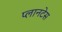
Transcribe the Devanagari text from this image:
प्लानटेस